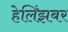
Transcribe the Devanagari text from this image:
हेलिंझबर